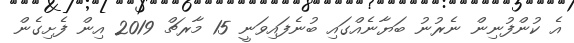
އެ ކުންފުނިން ނެރުނު ބަޔާނެއްގައި ބުނެފައިވަނީ 15 މާރޗް 2019 އިން ފެށިގެން